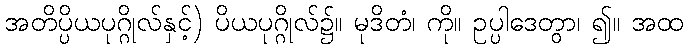
အတိပ္ပိယပုဂ္ဂိုလ်နှင့်) ပိယပုဂ္ဂိုလ်၌။ မုဒိတံ၊ ကို။ ဥပ္ပါဒေတွာ၊ ၍။ အထ